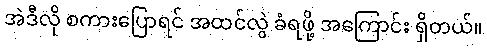
အဲဒီလို စကားပြောရင် အထင်လွဲ ခံရဖို့ အကြောင်း ရှိတယ်။